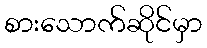
စားသောက်ဆိုင်မှာ